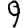
Digit: 9